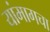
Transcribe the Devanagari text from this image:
यांमागचा